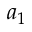
a _ { 1 }